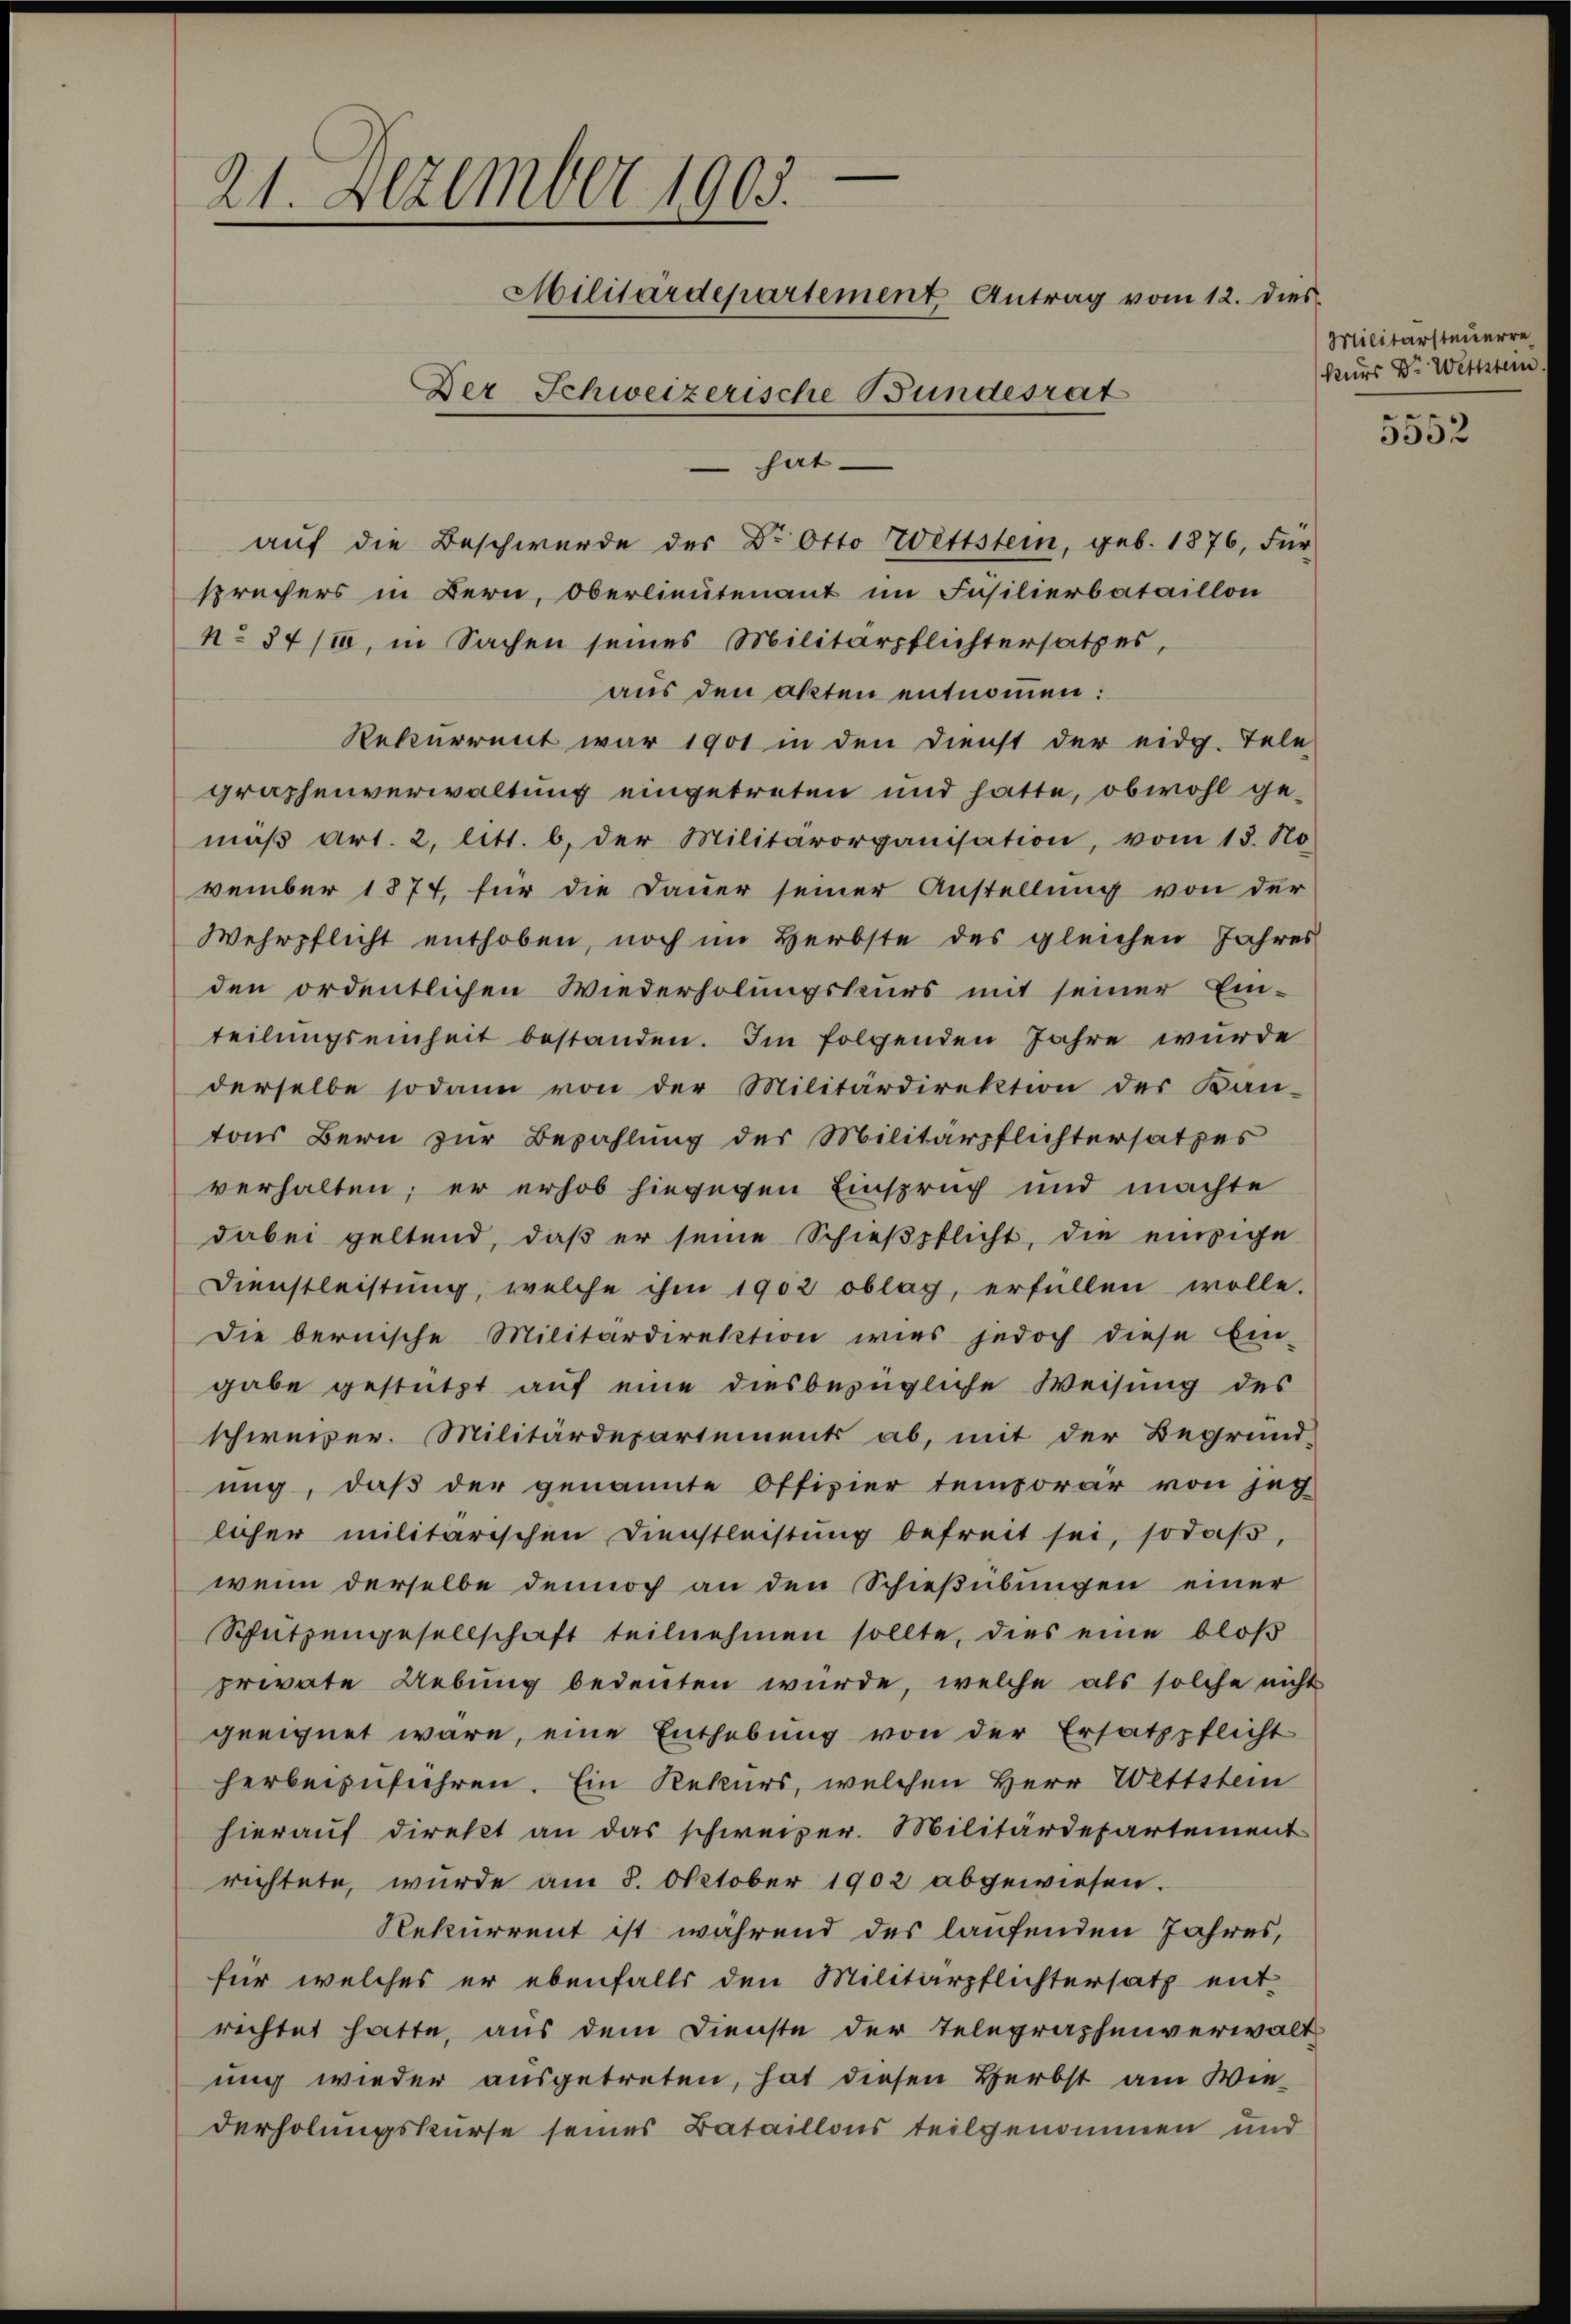
e
21. Dezember 1903.
Militärdepartement Antrag vom 12. dies
Der Schweizerische Bundesrat
hat

sprechers in Bern, Oberlieutenant im Füsilierbataillon
No 34/10, in Sachen seines Militärpflichtersatzes,
aus den akten entnommen:
Rekurrent war 1901 in den Dienst der eidg. Tele
graphenverwaltung eingetreten und hatte, obwohl gemäβ Art. 2, litt. b. der Militärorganisation, vom 15. No
vember 1874, für die Dauer seiner Anstellung von der
Wehrpflicht enthoben, noch im Herbste des gleichen Jahres
den ordentlichen Wiederholungskurs mit seiner Ein-
teilungseinheit bestanden. Im folgenden Jahre wurde
derselbe sodann von der Militärdirektion der Kan-
tons Bern zur Bezahlung der Militärpflichtersatzes
verhalten; er erhob hingegen Einspruch und machte
dabei geltend, daß er seine Schieβpflicht, die einzige
Dienstleistung, welche ihm 1902 oblag, erfüllen wolle.
Die bernische Militärdirektion wies jedoch diese Ein-
gabe gestützt auf eine diesbezügliche Weisung des
schweizer. Militärdepartement ab, mit der Begründ-
ung, daß der genannte Offizier temporär von jeg
licher militärischen Dienstleistŭng befreit sei, sodaβ,
wenn derselbe dennoch an den Schießübungen einer
Schützengesellschaft teilnehmen sollte, dies eine bloß
private Uebung bedeuten würde, welche als solche nicht
geeignet wäre, eine Enthebung von der Ersatzpflicht
herbeizuführen. Ein Rekurs, welchen Herr Wettstein
hierauf direkt an das schweizer. Militärdepartement
richtete, wurde am 8. Oktober 1902 abgewiesen.
Rekurrent ist während des laufenden Jahres,
für welches er ebenfalls den Militärpflichtersatz ent-
richtet hatte, aus dem Dienste der Telegraphenverwalt
ung wieder ausgetreten, hat diesen Herbst am Wie-
derholungskurse seines Bataillons teilgenommen und

aŭf die Beschwerde des Dr. Otto Wettstein, geb. 1876, für

Militärsteuerre
kurs Dr. Wettstein

2
¬

.
5552